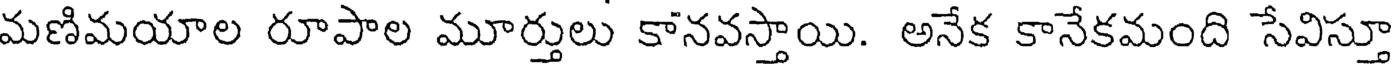
మణిమయాల రూపాల మూర్తులు కానవస్తాయి. అనేక కానేకమంది సేవిస్తూ